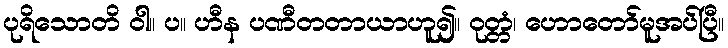
ပုရိသောတိ ဝါ။ ပ။ ဟီန ပဏီတတာယာဟူ၍။ ဝုတ္တံ၊ ဟောတော်မူအပ်ပြီ။